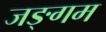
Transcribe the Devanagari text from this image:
जङ्गम